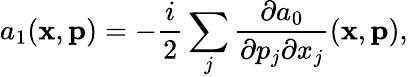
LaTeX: a_{1}(\mathbf{x},\mathbf{p})=-\frac{i}{2}\sum_{j}\frac{\partial a_{0}}{\partial p_{j}\partial x_{j}}(\mathbf{x},\mathbf{p}),